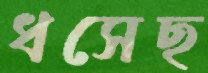
ধসেছ